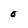
Character: 0